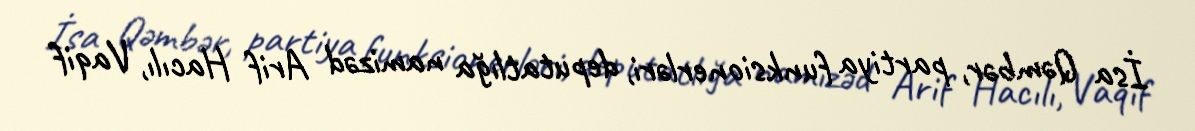
İsa Qəmbər, partiya funksionerləri, deputatlığa namizəd Arif Hacılı, Vaqif